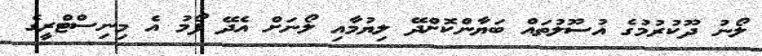
ލޯނު ދޫކުރުމުގެ އުސޫލުތައް ބަޔާންކޮށްދޭ ލިޔުމާއި ލޯނަށް އެދޭ ފޯމު އެ މިނިސްޓްރީގެ